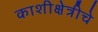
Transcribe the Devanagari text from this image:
काशीक्षेत्रीचे